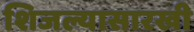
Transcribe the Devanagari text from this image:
शिजल्यासारखी